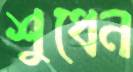
শুধেন